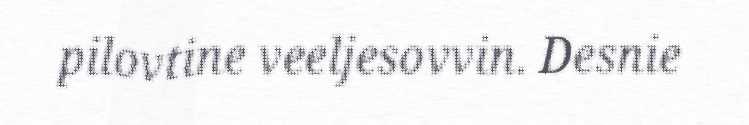
pilovtine veeljesovvin. Desnie